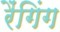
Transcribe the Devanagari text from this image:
रैंगिंग